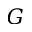
G